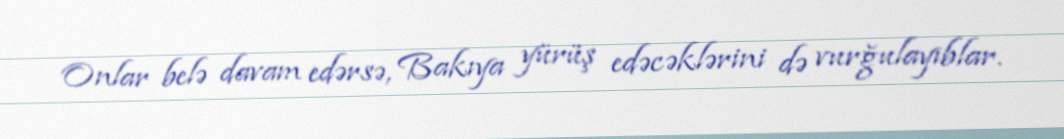
Onlar belə davam edərsə, Bakıya yürüş edəcəklərini də vurğulayıblar.